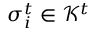
\sigma _ { i } ^ { t } \in \mathcal { K } ^ { t }